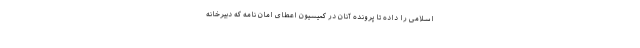
اسلامی را داده تا پرونده آنان در کمیسیون اعطای امان نامه که دبیرخانه